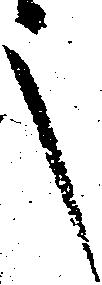
之